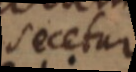
secetur